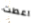
اعطت